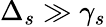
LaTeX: \Delta_{s}\gg\gamma_{s}